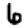
Digit: 6